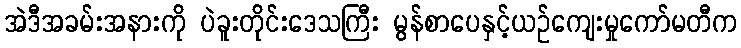
အဲဒီအခမ်းအနားကို ပဲခူးတိုင်းဒေသကြီး မွန်စာပေနှင့်ယဉ်ကျေးမှုကော်မတီက